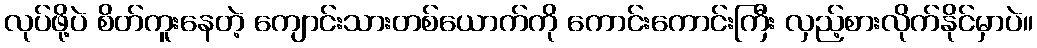
လုပ်ဖို့ပဲ စိတ်ကူးနေတဲ့ ကျောင်းသားတစ်ယောက်ကို ကောင်းကောင်းကြီး လှည့်စားလိုက်နိုင်မှာပဲ။